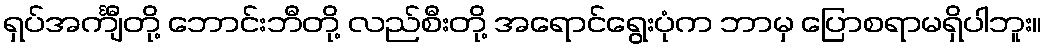
ရှပ်အင်္ကျီတို့ ဘောင်းဘီတို့ လည်စီးတို့ အရောင်ရွေးပုံက ဘာမှ ပြောစရာမရှိပါဘူး။